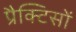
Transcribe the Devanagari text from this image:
प्रैक्टिसों